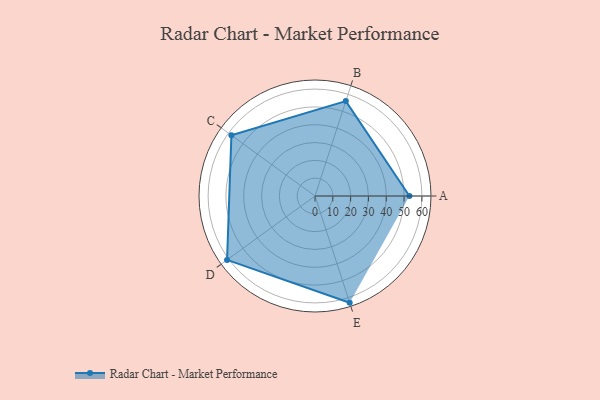
{"axis": {"x": "Skill", "y": "Score"}, "legend": ["Profile"], "data": [{"x": "A", "y": 53.0, "type": "Profile"}, {"x": "B", "y": 56.0, "type": "Profile"}, {"x": "C", "y": 58.0, "type": "Profile"}, {"x": "D", "y": 61.0, "type": "Profile"}, {"x": "E", "y": 63.0, "type": "Profile"}]}